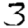
Digit: 3